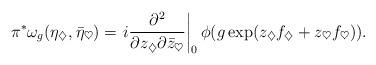
LaTeX: \begin{align*}\pi^*\omega_g(\eta_{\diamondsuit},\bar{\eta}_{\heartsuit}) = \left.i \frac{\partial^2}{\partial z_{\diamondsuit} \partial \bar{z}_{\heartsuit}}\right|_0\phi(g\exp(z_{\diamondsuit}f_{\diamondsuit} + z_{\heartsuit}f_{\heartsuit})).\end{align*}